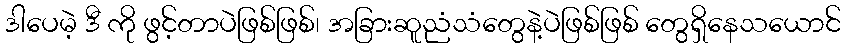
ဒါပေမဲ့ ဒီ ကို ဖွင့်တာပဲဖြစ်ဖြစ်၊ အခြားဆူညံသံတွေနဲ့ပဲဖြစ်ဖြစ် တွေရှိနေသယောင်